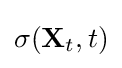
{\sigma }(\mathbf {X} _{t},t)